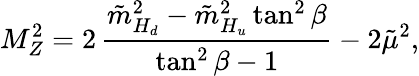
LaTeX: M_{Z}^{2}=2\, {\frac{\tilde{m}_{H_{d}}^{2}-\tilde{m}_{H_{u}}^{2}\tan^{2}\beta}{\tan^{2}\beta-1}}-2\tilde{\mu}^{2},